system: You are a helpful assistant.
user:
Analyze the provided spectrum to determine if it is a **White Dwarf (WD)**.

A White Dwarf spectrum is defined by its **extreme purity** (due to gravitational settling) and/or **extreme pressure broadening** (due to high surface gravity). You must check for one of the following mutually exclusive signatures:

- **Key Visual Indicators (Check for ONE of these types):**

    - **1. DA-Type Signature (Most Common):**
        - **(Primary Feature):** Extreme pressure broadening (Stark broadening) of the **Hydrogen (H) Balmer lines**.
        - **(Key Lines):** $H\beta$ (approx. $4861$ Å) and $H\gamma$ (approx. $4340$ Å). $H\alpha$ (approx. $6563$ Å) will also be present if the wavelength range covers it.
        - **(Line Profile):** This is the **defining feature**. The lines are **NOT** sharp. They appear as massive, **extremely broad and deep "troughs" or "dips"** in the spectrum, often hundreds of Ångströms wide. The continuum will appear to "scoop" down at these wavelengths.
        - **(Distinction):** Normal A-type or B-type stars have *narrow* and *sharp* Hydrogen lines. A DA White Dwarf's lines are unmistakably "smeared" or "blurry" from pressure.

    - **2. DB-Type Signature:**
        - **(Primary Feature):** Broad absorption lines from **Neutral Helium (He I)**. The spectrum must lack any visible Hydrogen lines.
        - **(Key Lines):** Look for broad absorption near $4471$ Å, $4921$ Å, and $5876$ Å.
        - **(Line Profile):** These lines are also significantly pressure-broadened, appearing much wider than they would in a normal B-type main-sequence star.

    - **3. DC-Type Signature:**
        - **(Primary Feature):** A **featureless continuous spectrum**.
        - **(Line Profile):** The spectrum is a smooth curve with **no significant absorption or emission lines**.
        - **(Key Confirmation):** The continuum is almost always **blue or white**, indicating a hot object. This signature implies the atmosphere is so pure (or so cool) that no spectral lines are visible in the optical range. Its WD identity is confirmed by its extremely low intrinsic brightness (high absolute magnitude).

    - **4. DZ-Type Signature (Metal-Polluted):**
        - **(Primary Feature):** **Isolated, narrow metal absorption lines** on an otherwise featureless (DC-like) continuum.
        - **(Key Lines):** The **Calcium (Ca II) H & K doublet** (approx. **$3934$ Å** and **$3968$ Å**) is the most common and defining feature.
        - **(Line Profile):** These lines are "out of place." They are *not* part of a "forest" of thousands of lines. This signature is evidence of recent *accretion* (pollution) from rocky debris.
        - **(Distinction):** Normal G/K/M stars have a *dense forest* of thousands of metal lines. A DZ has a *clean* continuum with *only a few* strong metal lines.

    - **5. DQ-Type Signature (Carbon-Polluted):**
        - **(Primary Feature):** Absorption bands from **Carbon (C₂ "Swan Bands" or atomic C I)**.
        - **(Key Lines - C₂):** Look for bandheads with a "saw-tooth" shape near $5635$ Å, **$5165$ Å** (strongest), and $4737$ Å.
        - **(Key Confirmation):** The underlying **continuum must be blue or white** (hot).
        - **(Distinction):** This is the critical difference from a **Carbon Star**, which has the *exact same* C₂ bands but on an extremely **red, cool** continuum.

- **(Overall Spectrum):**
    - The continuum (overall shape) is typically **blue-sloping** (brighter in the blue than the red), as most white dwarfs are very hot.
    - The spectrum will look "pure" or "simple," dominated by only *one* of the five signatures listed above.

Think first, call **spectral_visualization_tool** if needed to examine features in detail, then provide your final answer. Your response must adhere to the following strict rules:
1.  **Overall Structure:** Your response must follow the format `<think>...</think> <tool_call>...</tool_call> (if a tool is used) <answer>...</answer>`.
2.  **Tool Usage Constraint:** You may only make **one** tool call per turn.
3.  **Final Answer Format:** In the `<answer>` tag, your conclusion must be inside a `\boxed{}` command (e.g., `\boxed{YES}` or `\boxed{NO}`), followed by your justification.

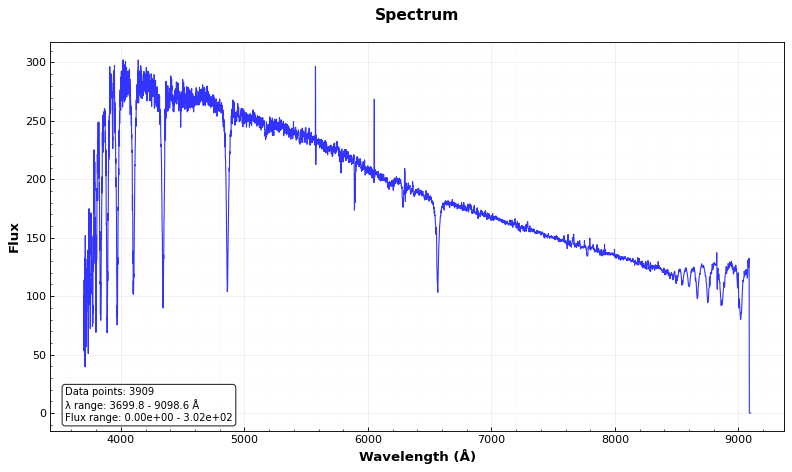
Answer: NO